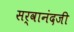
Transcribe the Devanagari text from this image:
सर्वानंदजी